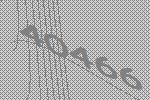
40466